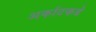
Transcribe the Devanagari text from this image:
अर्काटकडे